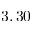
3 , 3 0